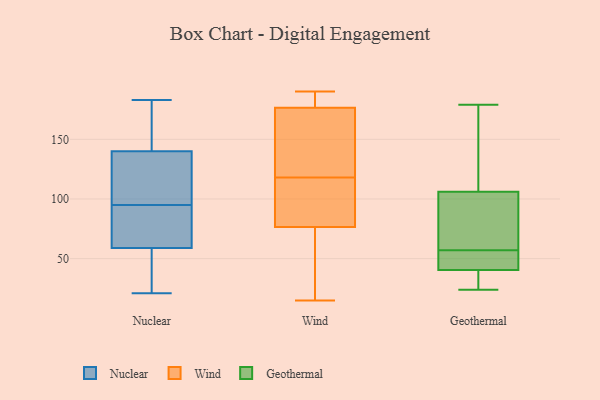
{"axis": {"x": "Page Views", "y": "Value"}, "legend": ["Geothermal", "Nuclear", "Wind"], "data": [{"x": "", "y": 59, "type": "Nuclear"}, {"x": "", "y": 131, "type": "Nuclear"}, {"x": "", "y": 21, "type": "Nuclear"}, {"x": "", "y": 45, "type": "Nuclear"}, {"x": "", "y": 140, "type": "Nuclear"}, {"x": "", "y": 183, "type": "Nuclear"}, {"x": "", "y": 74, "type": "Nuclear"}, {"x": "", "y": 95, "type": "Nuclear"}, {"x": "", "y": 95, "type": "Nuclear"}, {"x": "", "y": 118, "type": "Nuclear"}, {"x": "", "y": 164, "type": "Nuclear"}, {"x": "", "y": 30, "type": "Nuclear"}, {"x": "", "y": 80, "type": "Nuclear"}, {"x": "", "y": 121, "type": "Nuclear"}, {"x": "", "y": 154, "type": "Nuclear"}, {"x": "", "y": 49, "type": "Nuclear"}, {"x": "", "y": 63, "type": "Nuclear"}, {"x": "", "y": 170, "type": "Nuclear"}, {"x": "", "y": 142, "type": "Wind"}, {"x": "", "y": 174, "type": "Wind"}, {"x": "", "y": 88, "type": "Wind"}, {"x": "", "y": 83, "type": "Wind"}, {"x": "", "y": 183, "type": "Wind"}, {"x": "", "y": 154, "type": "Wind"}, {"x": "", "y": 94, "type": "Wind"}, {"x": "", "y": 179, "type": "Wind"}, {"x": "", "y": 40, "type": "Wind"}, {"x": "", "y": 15, "type": "Wind"}, {"x": "", "y": 190, "type": "Wind"}, {"x": "", "y": 70, "type": "Wind"}, {"x": "", "y": 40, "type": "Geothermal"}, {"x": "", "y": 179, "type": "Geothermal"}, {"x": "", "y": 103, "type": "Geothermal"}, {"x": "", "y": 53, "type": "Geothermal"}, {"x": "", "y": 149, "type": "Geothermal"}, {"x": "", "y": 120, "type": "Geothermal"}, {"x": "", "y": 144, "type": "Geothermal"}, {"x": "", "y": 35, "type": "Geothermal"}, {"x": "", "y": 25, "type": "Geothermal"}, {"x": "", "y": 98, "type": "Geothermal"}, {"x": "", "y": 61, "type": "Geothermal"}, {"x": "", "y": 46, "type": "Geothermal"}, {"x": "", "y": 46, "type": "Geothermal"}, {"x": "", "y": 107, "type": "Geothermal"}, {"x": "", "y": 57, "type": "Geothermal"}, {"x": "", "y": 24, "type": "Geothermal"}, {"x": "", "y": 42, "type": "Geothermal"}, {"x": "", "y": 81, "type": "Geothermal"}, {"x": "", "y": 37, "type": "Geothermal"}]}